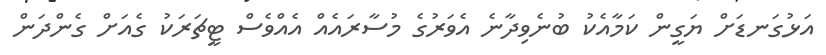
އަޅުގަނޑަށް ޔަގީން ކަމާއެކު ބުނެވިދާނެ އެވަރުގެ މުސާރައެއް އެއްވެސް ޓީޗަރަކު ގެއަށް ގެންދަން